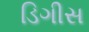
ડિગીસ